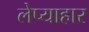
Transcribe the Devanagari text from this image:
लेप्याहार